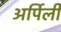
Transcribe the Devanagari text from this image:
अर्पिली